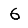
Digit: 6